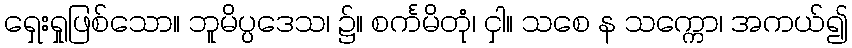
ရှေးရှုဖြစ်သော။ ဘူမိပ္ပဒေသ၊ ၌။ စင်္ကမိတုံ၊ ငှါ။ သစေ န သက္ကော၊ အကယ်၍